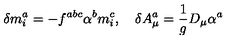
\delta m _ { i } ^ { a } = - f ^ { a b c } \alpha ^ { b } m _ { i } ^ { c } , \quad \delta A _ { \mu } ^ { a } = \frac 1 g D _ { \mu } \alpha ^ { a }